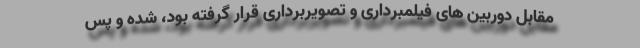
مقابل دوربین های فیلمبرداری و تصویربرداری قرار گرفته بود، شده و پس